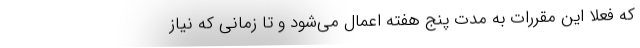
که فعلا این مقررات به مدت پنج هفته اعمال می‌شود و تا زمانی که نیاز